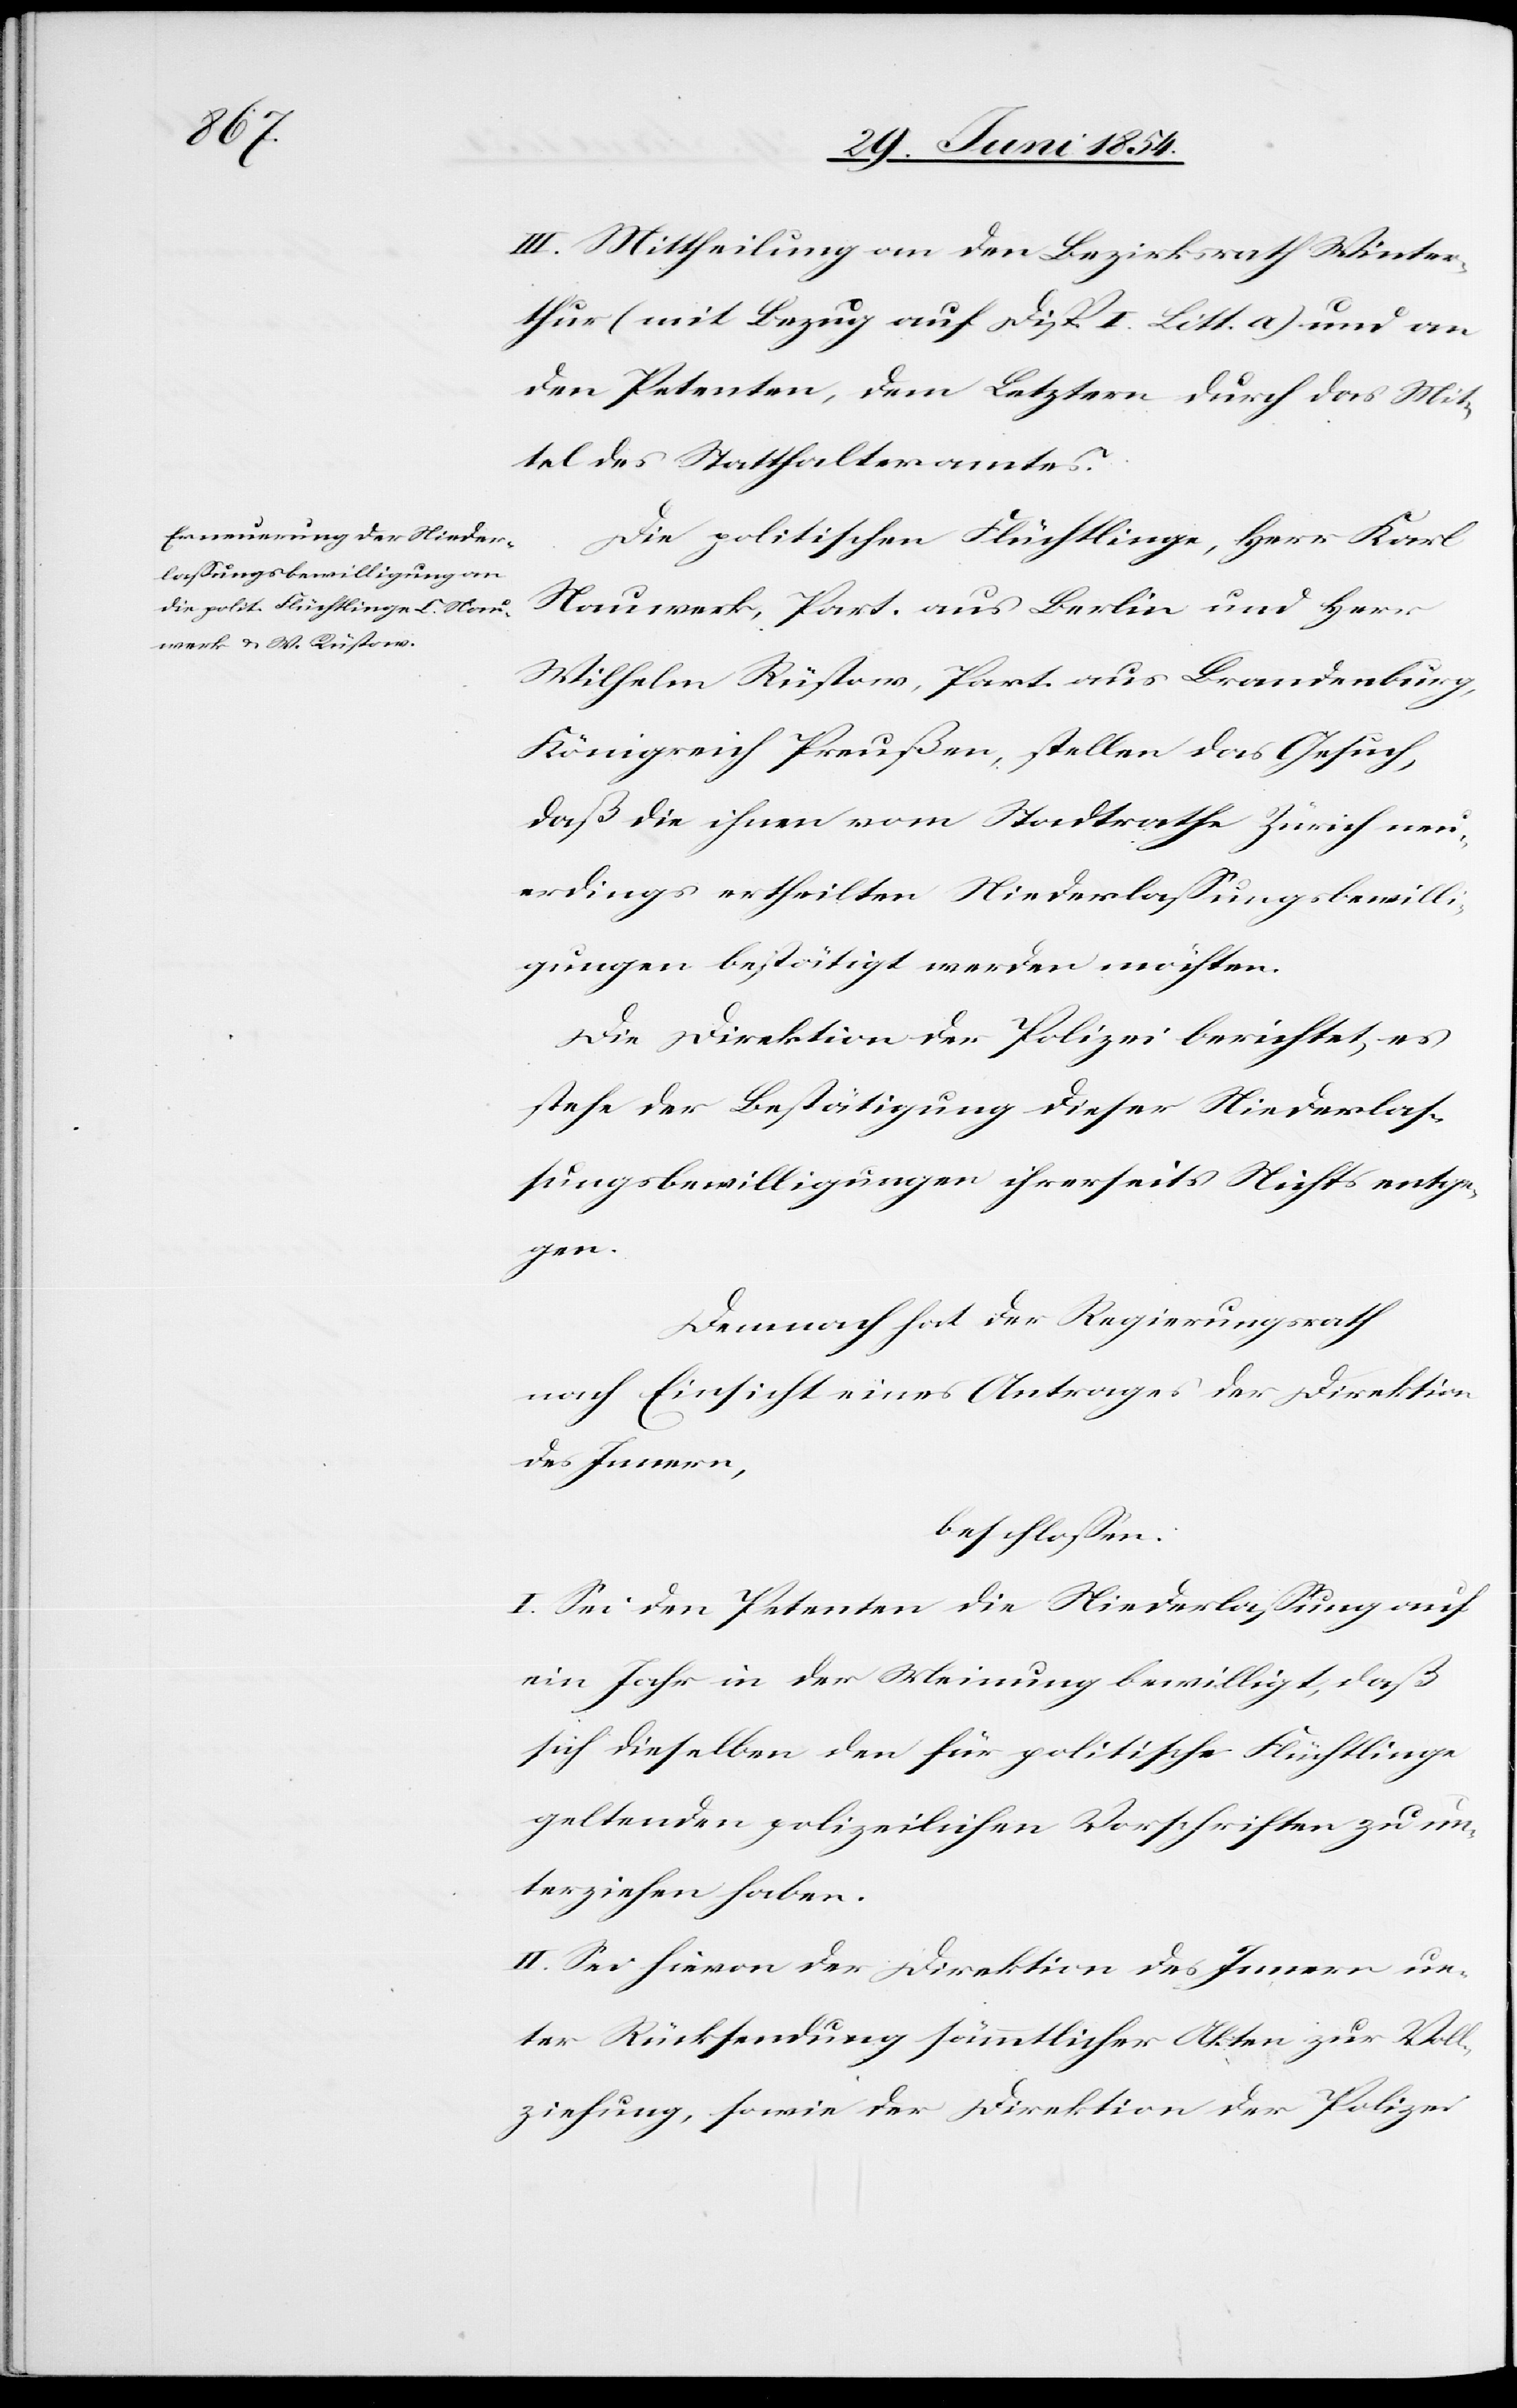
III. Mittheilung an den Bezirksrath Winter¬
thur (mit Bezug auf Disp. I Litt. a) und an
den Petenten, dem Letztern durch das Mit¬
tel des Statthalteramtes.
Die politischen Flüchtlinge, Herr Karl
Nauwerk, Part. aus Berlin und Herr
Wilhelm Rüstow, Part. aus Brandenburg,
Königreich Preußen, stellen das Gesuch,
daß die ihnen vom Stadtrathe Zürich neu¬
erdings ertheilten Niederlaßungsbewilli¬
gungen bestätigt werden möchten.
Die Direktion der Polizei berichtet, es
stehe der Bestätigung dieser Niederlaß¬
ungsbewilligungen ihrerseits Nichts entge¬
gen.
Demnach hat der Regierungsrath
nach Einsicht eines Antrages der Direktion
des Innern,
beschloßen:
I. Sei den Petenten die Niederlaßung auf
ein Jahr in der Meinung bewilligt, daß
sich dieselben den für politische Flüchtlinge
geltenden polizeilichen Vorschriften zu un¬
terziehen haben.
II. Sei hievon der Direktion des Innern un¬
ter Rücksendung sämmtlicher Akten zur Voll¬
ziehung, sowie der Direktion der Polizei